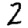
Digit: 2